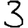
Digit: 3